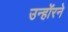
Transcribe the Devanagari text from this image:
उन्होंरने